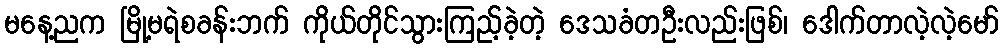
မနေ့ညက မြို့မရဲစခန်းဘက် ကိုယ်တိုင်သွားကြည့်ခဲ့တဲ့ ဒေသခံတဦးလည်းဖြစ်၊ ဒေါက်တာလဲ့လဲ့မော်